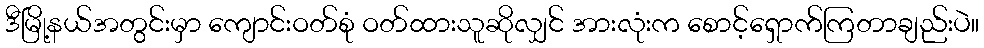
ဒီမြို့နယ်အတွင်းမှာ ကျောင်းဝတ်စုံ ဝတ်ထားသူဆိုလျှင် အားလုံးက စောင့်ရှောက်ကြတာချည်းပဲ။